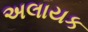
અલાયક